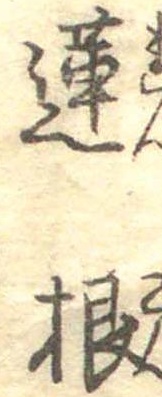
蓮根